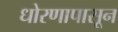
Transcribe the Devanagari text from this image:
धोरणापासून